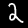
Label: 2